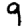
Digit: 9